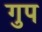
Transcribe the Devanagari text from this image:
गुप